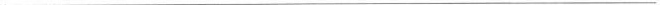
___